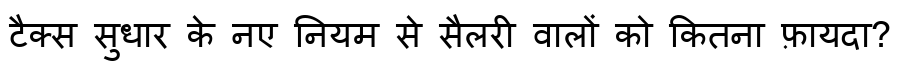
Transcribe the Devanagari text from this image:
टैक्स सुधार के नए नियम से सैलरी वालों को कितना फ़ायदा?